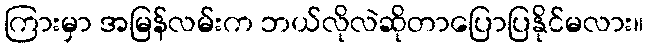
ကြားမှာ အမြန်လမ်းက ဘယ်လိုလဲဆိုတာပြောပြနိုင်မလား။